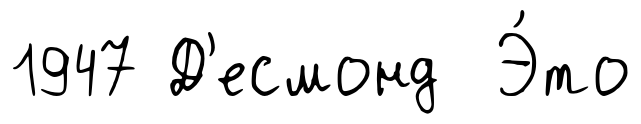
1947 Д'есмонд Э́то